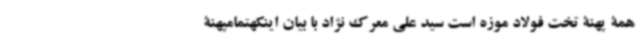
همۀ پهنۀ تخت فولاد موزه است سید علی معرک نژاد با بیان اینکهتمامپهنۀ